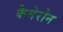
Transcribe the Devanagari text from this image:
कैमेरोन